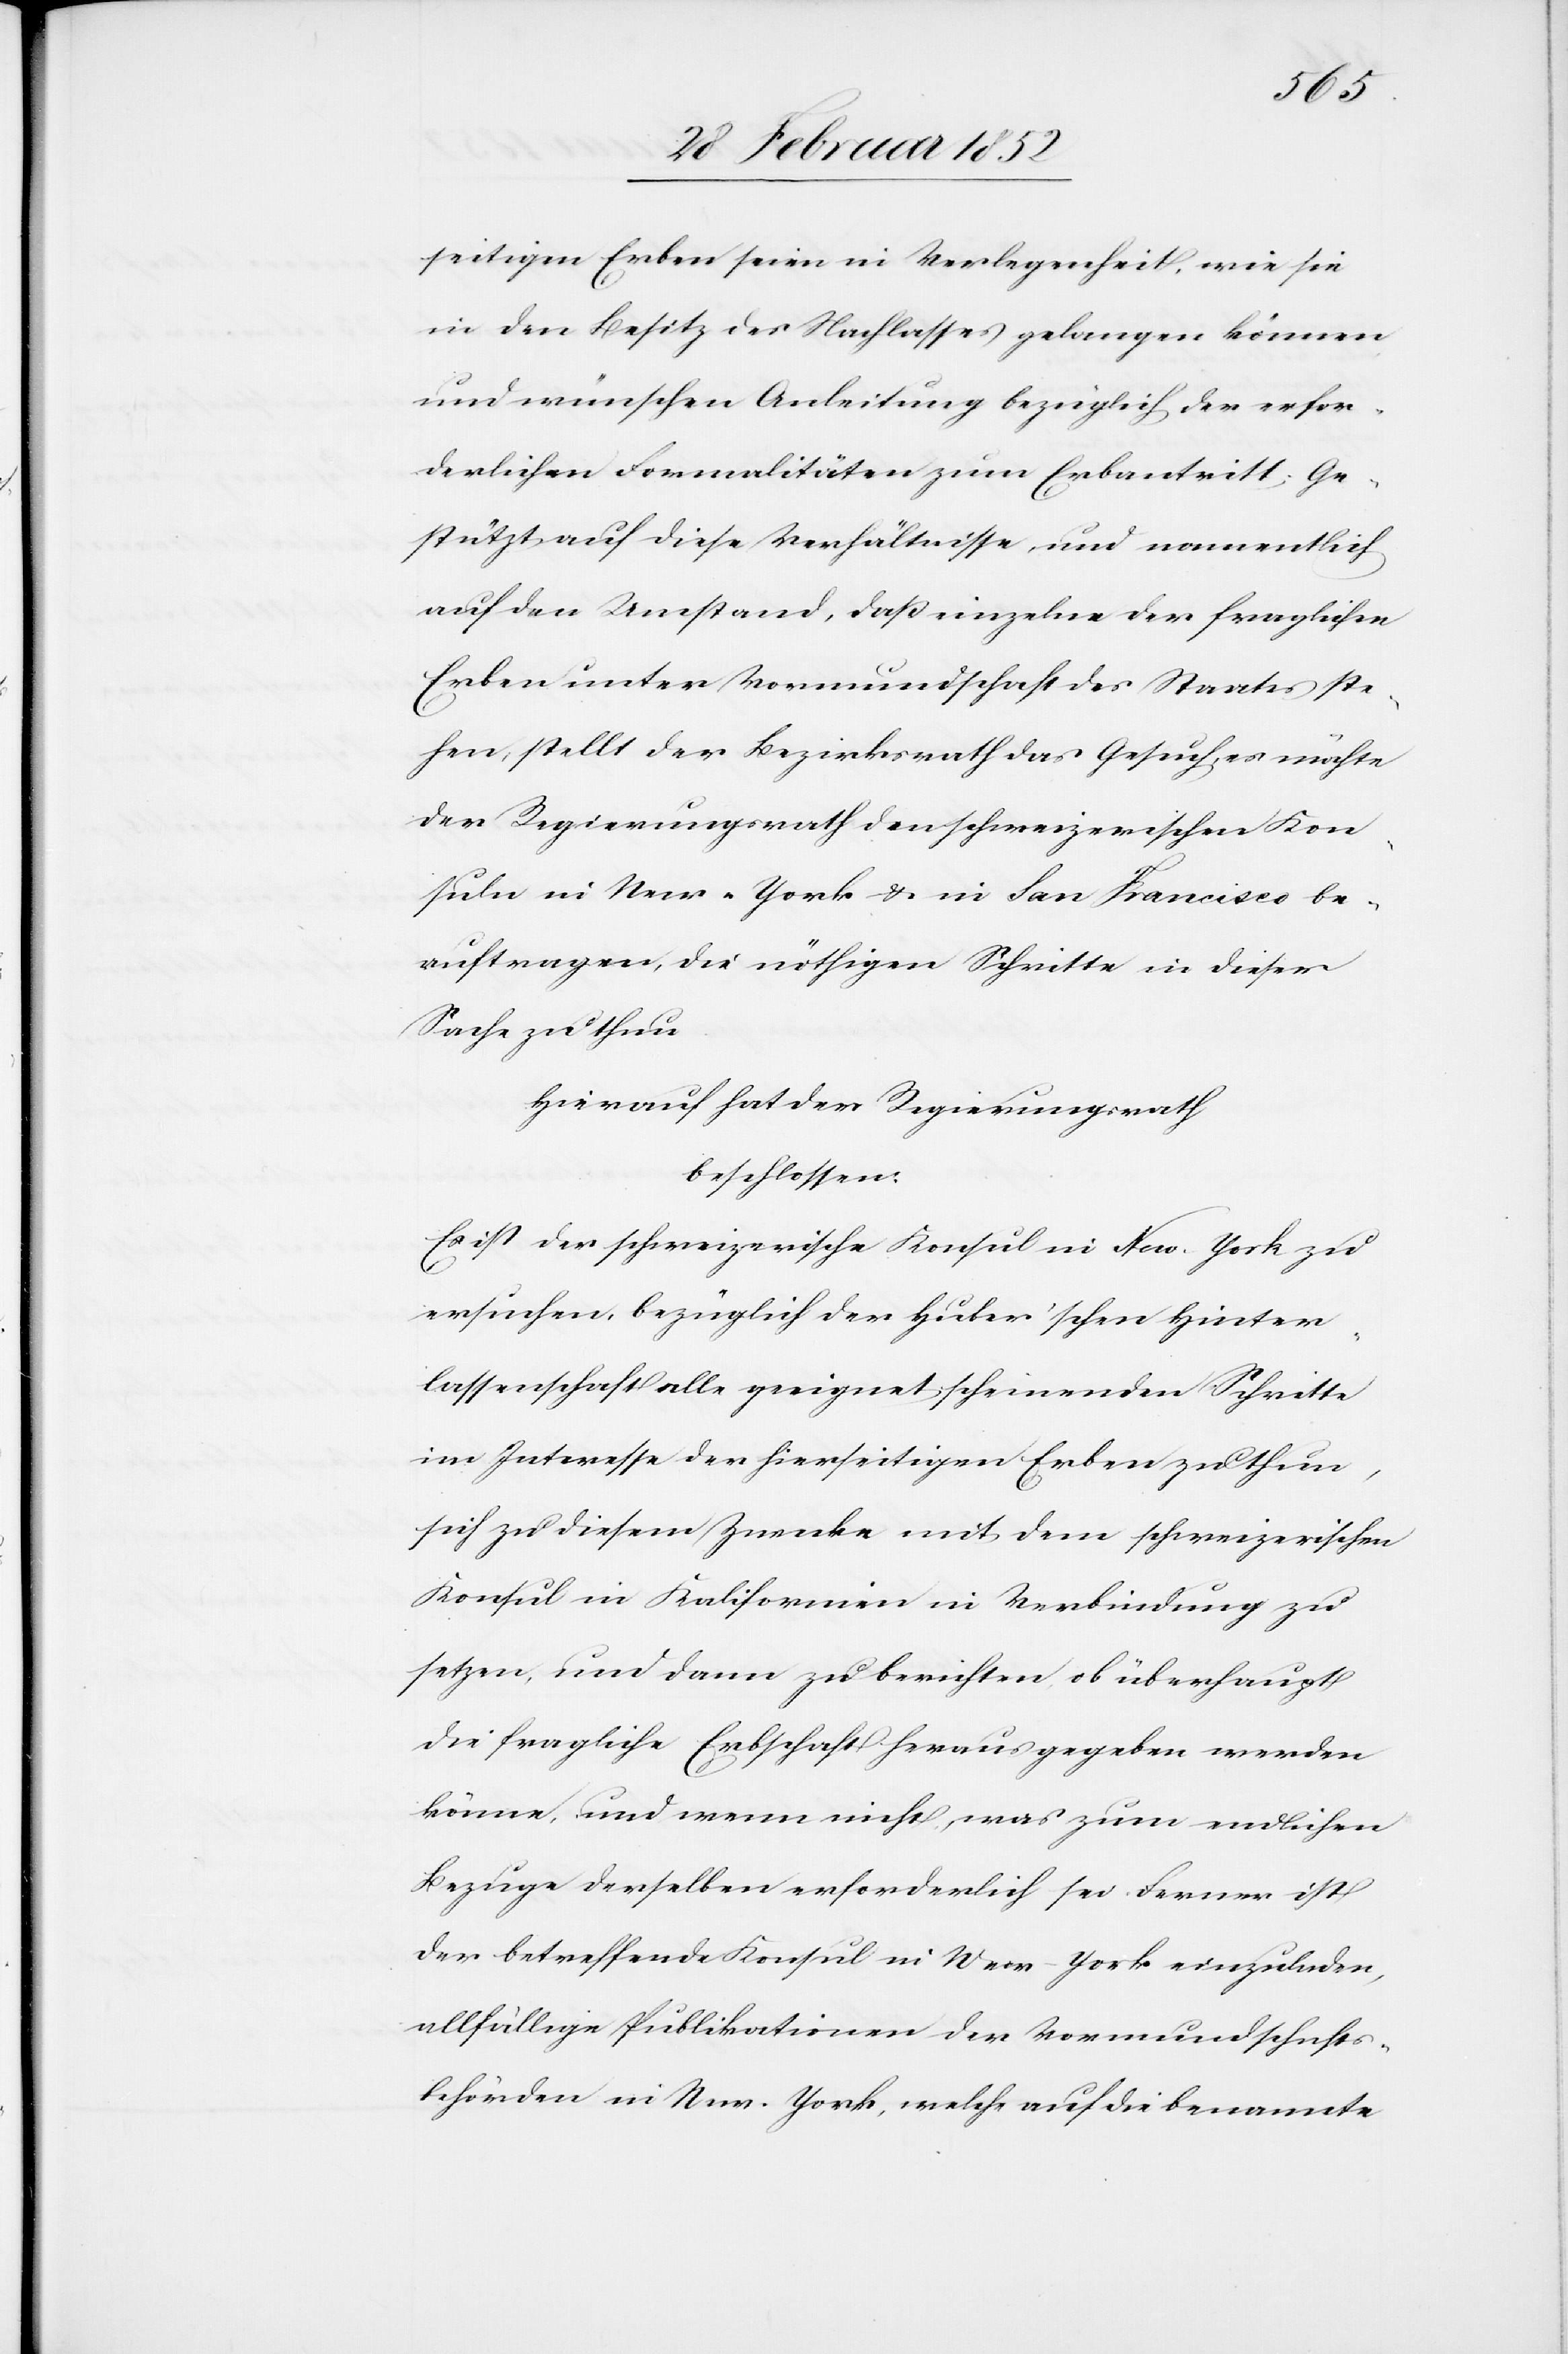
seitigen Erben seien in Verlegenheit, wie sie
in den Besitz des Nachlasses gelangen können
und wünschen Anleitung bezüglich der erfor¬
derlichen Formalitäten zum Erbantritt, ge¬
stützt auf die Verhältnisse und namentlich
auf den Umstand, daß einzelne der fraglichen
Erben unter Vormundschaft des Staates ste¬
hen, stellt der Bezirksrath das Gesuch, es möchte
der Regierungsrath den schweizerischen Kon¬
suln in New-York u. in San Francisco be¬
auftragen, die nöthigen Schritte in dieser
Sache zu thun.
Hierauf hat der Regierungsrath
beschlossen.
Es ist der schweizerische Konsul in New-York zu
ersuchen, bezüglich der Huber’schen Hinter¬
lassenschaft alle geeignet scheinenden Schritte
im Interesse der hierseitigen Erben zu thun,
sich zu diesem Zwecke mit dem schweizerischen
Konsul in Kalifornien in Verbindung zu
setzen, und dann zu berichten ob überhaupt
die fragliche Erbschaft herausgegeben werden
könne, und wenn nicht, was zum endlichen
Bezuge derselben erforderlich sei. Ferner ist
der betreffende Konsul in New-York einzuladen,
allfällige Publikationen der Vormundschafts¬
behörden in New-York, welche auf die benannte